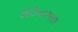
રીડિયારમણ